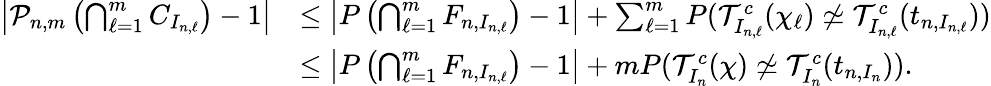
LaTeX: \begin{array}{rl}{\left|\mathcal{P}_{n,m}\left(\bigcap_{\ell=1}^{m}C_{I_{n,\ell}}\right)-1\right|}&{\leq\left|P\left(\bigcap_{\ell=1}^{m}F_{n,I_{n,\ell}}\right)-1\right|+\sum_{\ell=1}^{m}P(\mathcal{T}_{I_{n,\ell}}^{c}(\chi_{\ell})\not\simeq\mathcal{T}_{I_{n,\ell}}^{c}(t_{n,I_{n,\ell}}))}\\ &{\leq\left|P\left(\bigcap_{\ell=1}^{m}F_{n,I_{n,\ell}}\right)-1\right|+mP(\mathcal{T}_{I_{n}}^{c}(\chi)\not\simeq\mathcal{T}_{I_{n}}^{c}(t_{n,I_{n}})).}\end{array}